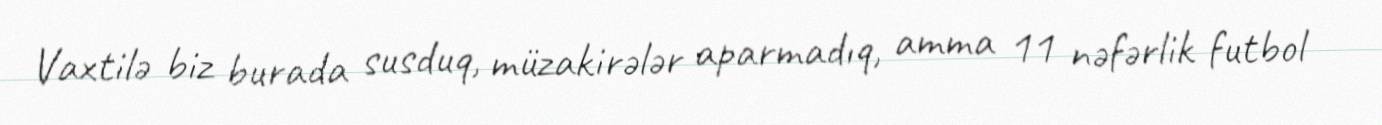
Vaxtilə biz burada susduq, müzakirələr aparmadıq, amma 11 nəfərlik futbol